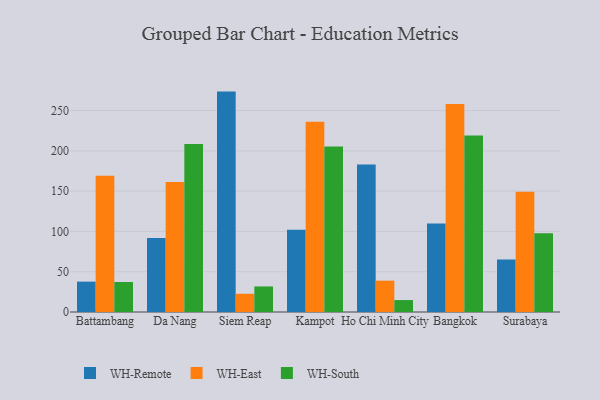
{"axis": {"x": "City", "y": "Shipments"}, "legend": ["WH-East", "WH-Remote", "WH-South"], "data": [{"x": "Battambang", "y": 37.7, "type": "WH-Remote"}, {"x": "Battambang", "y": 169.0, "type": "WH-East"}, {"x": "Battambang", "y": 37.2, "type": "WH-South"}, {"x": "Da Nang", "y": 91.9, "type": "WH-Remote"}, {"x": "Da Nang", "y": 161.2, "type": "WH-East"}, {"x": "Da Nang", "y": 208.5, "type": "WH-South"}, {"x": "Siem Reap", "y": 273.5, "type": "WH-Remote"}, {"x": "Siem Reap", "y": 22.6, "type": "WH-East"}, {"x": "Siem Reap", "y": 31.7, "type": "WH-South"}, {"x": "Kampot", "y": 102.0, "type": "WH-Remote"}, {"x": "Kampot", "y": 236.1, "type": "WH-East"}, {"x": "Kampot", "y": 205.3, "type": "WH-South"}, {"x": "Ho Chi Minh City", "y": 183.0, "type": "WH-Remote"}, {"x": "Ho Chi Minh City", "y": 38.9, "type": "WH-East"}, {"x": "Ho Chi Minh City", "y": 14.8, "type": "WH-South"}, {"x": "Bangkok", "y": 109.9, "type": "WH-Remote"}, {"x": "Bangkok", "y": 258.2, "type": "WH-East"}, {"x": "Bangkok", "y": 219.1, "type": "WH-South"}, {"x": "Surabaya", "y": 65.3, "type": "WH-Remote"}, {"x": "Surabaya", "y": 149.2, "type": "WH-East"}, {"x": "Surabaya", "y": 97.7, "type": "WH-South"}]}